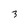
Character: 3